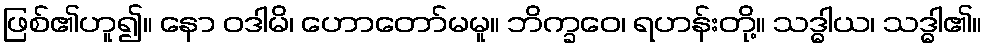
ဖြစ်၏ဟူ၍။ နော ဝဒါမိ၊ ဟောတော်မမူ။ ဘိက္ခဝေ၊ ရဟန်းတို့။ သဒ္ဓါယ၊ သဒ္ဓါ၏။